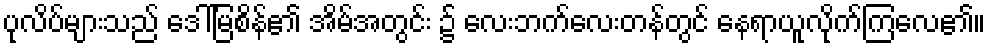
ပုလိပ်များသည် ဒေါ်မြစိန်၏ အိမ်အတွင်း ၌ လေးဘက်လေးတန်တွင် နေရာယူလိုက်ကြလေ၏။